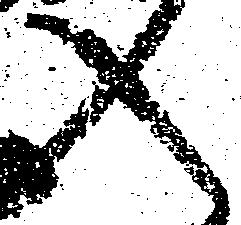
入